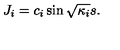
J _ { i } = c _ { i } \sin \sqrt { \kappa _ { i } } s .